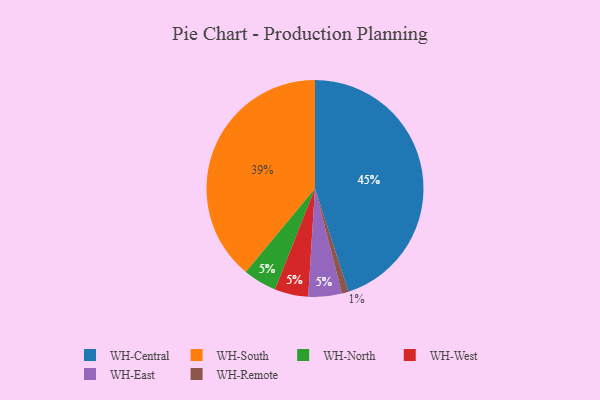
{"axis": {"x": "Category", "y": "Percentage"}, "legend": ["WH-Central", "WH-East", "WH-North", "WH-Remote", "WH-South", "WH-West"], "data": [{"x": "WH-North", "y": 5, "type": "WH-North"}, {"x": "WH-West", "y": 5, "type": "WH-West"}, {"x": "WH-East", "y": 5, "type": "WH-East"}, {"x": "WH-Remote", "y": 1, "type": "WH-Remote"}, {"x": "WH-Central", "y": 45, "type": "WH-Central"}, {"x": "WH-South", "y": 39, "type": "WH-South"}]}